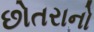
છોતરાનો